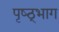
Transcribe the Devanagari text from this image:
पृष्ठ्भाग